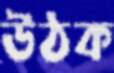
উঠক